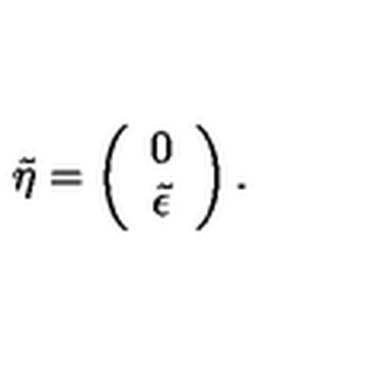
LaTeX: \tilde { \eta } = \left( \begin{array} { c } { 0 } \\ { \tilde { \epsilon } } \\ \end{array} \right) .